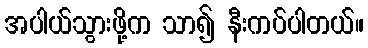
အပါယ်သွားဖို့က သာ၍ နီးကပ်ပါတယ်။